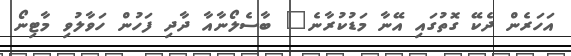
އަހަރެން ދެކޭ ގޮތުގައި އޭނާ މަޑުކުރާނެ" ބާސެލޯނާއާ ދާދި ފަހުން ހަވާލުވި މާޓިނޯ